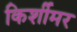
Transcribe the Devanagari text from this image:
किर्शीमर